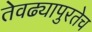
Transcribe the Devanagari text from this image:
तेवढ्यापुरतेच